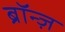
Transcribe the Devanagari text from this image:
ब्रॉन्ज़